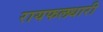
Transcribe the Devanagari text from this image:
रायफलधारी